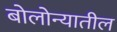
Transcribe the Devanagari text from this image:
बोलोन्यातील